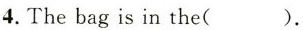
4.The bag is in the( ).